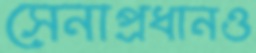
সেনাপ্রধানও